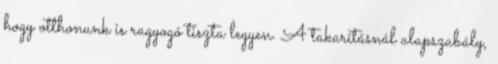
hogy otthonunk is ragyogó tiszta legyen. A takarításnál alapszabály,